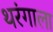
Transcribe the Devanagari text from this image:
थरंगाला